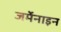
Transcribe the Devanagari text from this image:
जर्मेनाइन